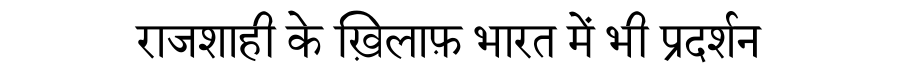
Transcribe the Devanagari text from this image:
राजशाही के ख़िलाफ़ भारत में भी प्रदर्शन